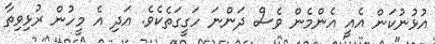
އުޅުނުކަން އެއީ އެންމެން ވެސް ދަންނަ ހަގީގަތެކެވެ. އަދި އެ މީހުން ރުޅިވިތާ